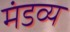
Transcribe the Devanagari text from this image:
मंडव्य